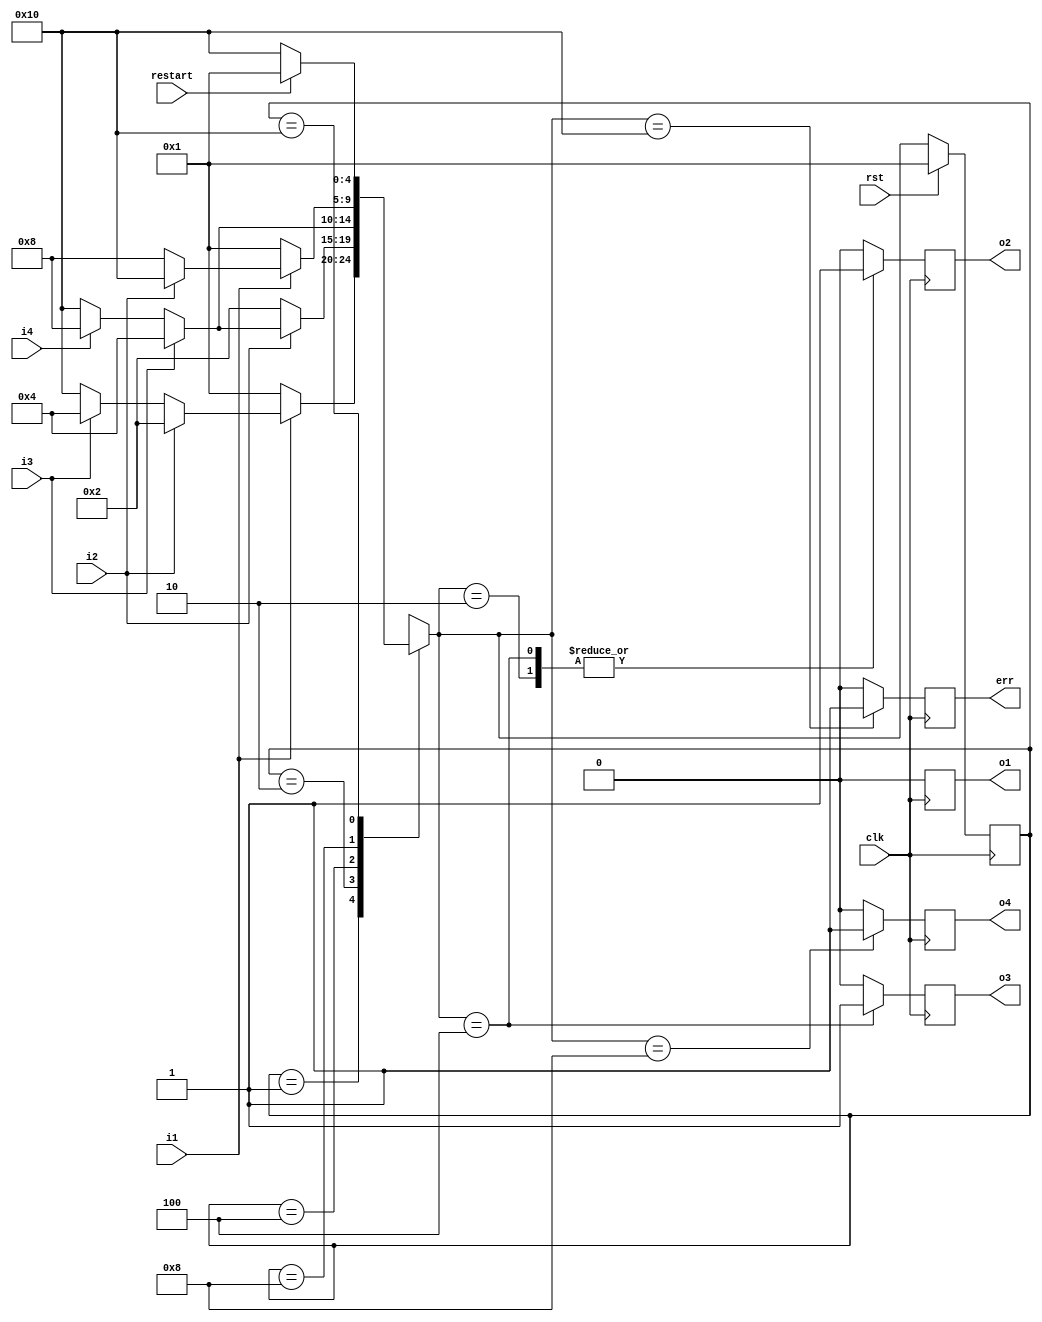
`timescale 1ns / 1ps
//////////////////////////////////////////////////////////////////////////////////
// Company: 
// 
// Design Name: 
// Module Name:    FSM_NON_INDEX 
// Project Name: 
// Target Devices: 
// Tool versions: 
// Description: A toy project to test non-index ont-hot FSM coding style.
//
// Dependencies: 
//
// Revision: 
// Revision 0.01 - File Created
// Additional Comments: 
//
//////////////////////////////////////////////////////////////////////////////////

// non-index one-hot FSM
module FSM_NON_INDEX(
    input       clk,
    input       rst,
    input       restart,
    input       i1,
    input       i2,
    input       i3,
    input       i4,

    output    reg  err,
    output    reg  o1,
    output    reg  o2,
    output    reg  o3,
    output    reg  o4
    );

    localparam   [4:0]   // synopsys enum code
                        IDLE  = 5'b00001,
                        S1    = 5'b00010,
                        S2    = 5'b00100,
                        S3    = 5'b01000,
                        ERROR = 5'b10000;

    // synopsys state_vector state
    reg     [4:0]   // synopsys enum code
                    CS, NS;

    always @(posedge clk) begin
        if (rst) begin
            CS <= IDLE;
        end
        else begin
            CS <= NS;
        end
    end

    always @* begin
        NS = 5'bx;
        case (CS)     // synthesis full_case parallel_case
            IDLE: begin
                if      (!i1) NS = IDLE;
                else if ( i2) NS = S1;
                else if ( i3) NS = S2;
                else          NS = ERROR;
            end
            S1: begin
                if      (!i2) NS = S1;
                else if ( i3) NS = S2;
                else if ( i4) NS = S3;
                else          NS = ERROR;
            end
            S2: begin
                if      ( i3) NS = S2;
                else if ( i4) NS = S3;
                else          NS = ERROR;
            end
            S3: begin
                if      (!i1) NS = IDLE;
                else if ( i2) NS = ERROR;
                else          NS = S3;
            end
            ERROR: begin
                if (restart) NS = IDLE;
                else         NS = ERROR;
            end
        endcase
    end

    always @(posedge clk) begin
        err <= 0;
        o1  <= 0;
        o2  <= 0;
        o3  <= 0;
        o4  <= 0;
        case(NS)
            IDLE: begin
                // do nothing
            end
            S1: begin
                o2 <= 1;
            end
            S2: begin
                o2 <= 1;
                o3 <= 1;
            end
            S3: begin
                o4 <= 1;
            end
            ERROR: begin
                err <= 1;
            end
        endcase
    end

 endmodule